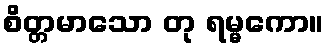
စိတ္တမာသော တု ရမ္မကော။